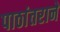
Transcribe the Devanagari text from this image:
पाठांतराने